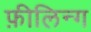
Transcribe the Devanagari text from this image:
फ़ीलिन्ग